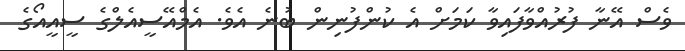
ވެސް އޭނާ ފުރުއްވާފައިވާ ކަމަށް އެ ކުންފުނިން ބުނެ އެވެ. އެމްއޭސީއެލްގެ ސީއީއޯގެ